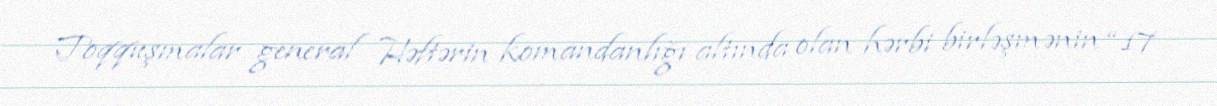
Toqquşmalar general Həftərin komandanlığı altında olan hərbi birləşmənin “17